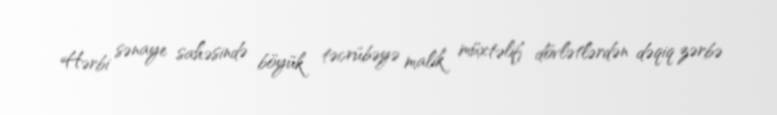
Hərbi sənaye sahəsində böyük təcrübəyə malik müxtəlif dövlətlərdən dəqiq zərbə